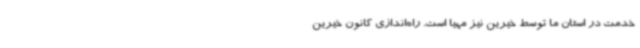
خدمت در استان ما توسط خیرین نیز مهیا است. راه‌اندازی کانون خیرین